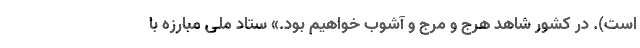
است). در کشور شاهد هرج و مرج و آشوب خواهیم بود.» ستاد ملی مبارزه با